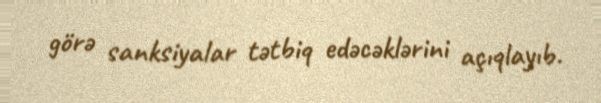
görə sanksiyalar tətbiq edəcəklərini açıqlayıb.